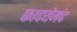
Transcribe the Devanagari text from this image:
फादयेमंद